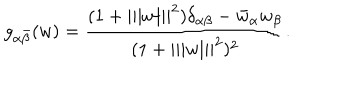
LaTeX: g _ { \alpha \bar { \beta } } ( w ) = { \frac { ( 1 + | | | w | | | ^ { 2 } ) \delta _ { \alpha \beta } - \bar { w } _ { \alpha } w _ { \beta } } { ( 1 + | | | w | | | ^ { 2 } ) ^ { 2 } } } .